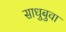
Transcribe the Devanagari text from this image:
साधुबुवा